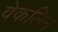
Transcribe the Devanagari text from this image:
वेकलिन